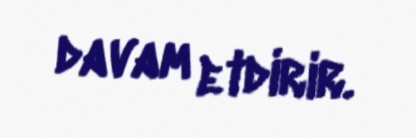
davam etdirir.